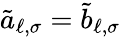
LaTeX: \tilde{a}_{\ell,\sigma}=\tilde{b}_{\ell,\sigma}